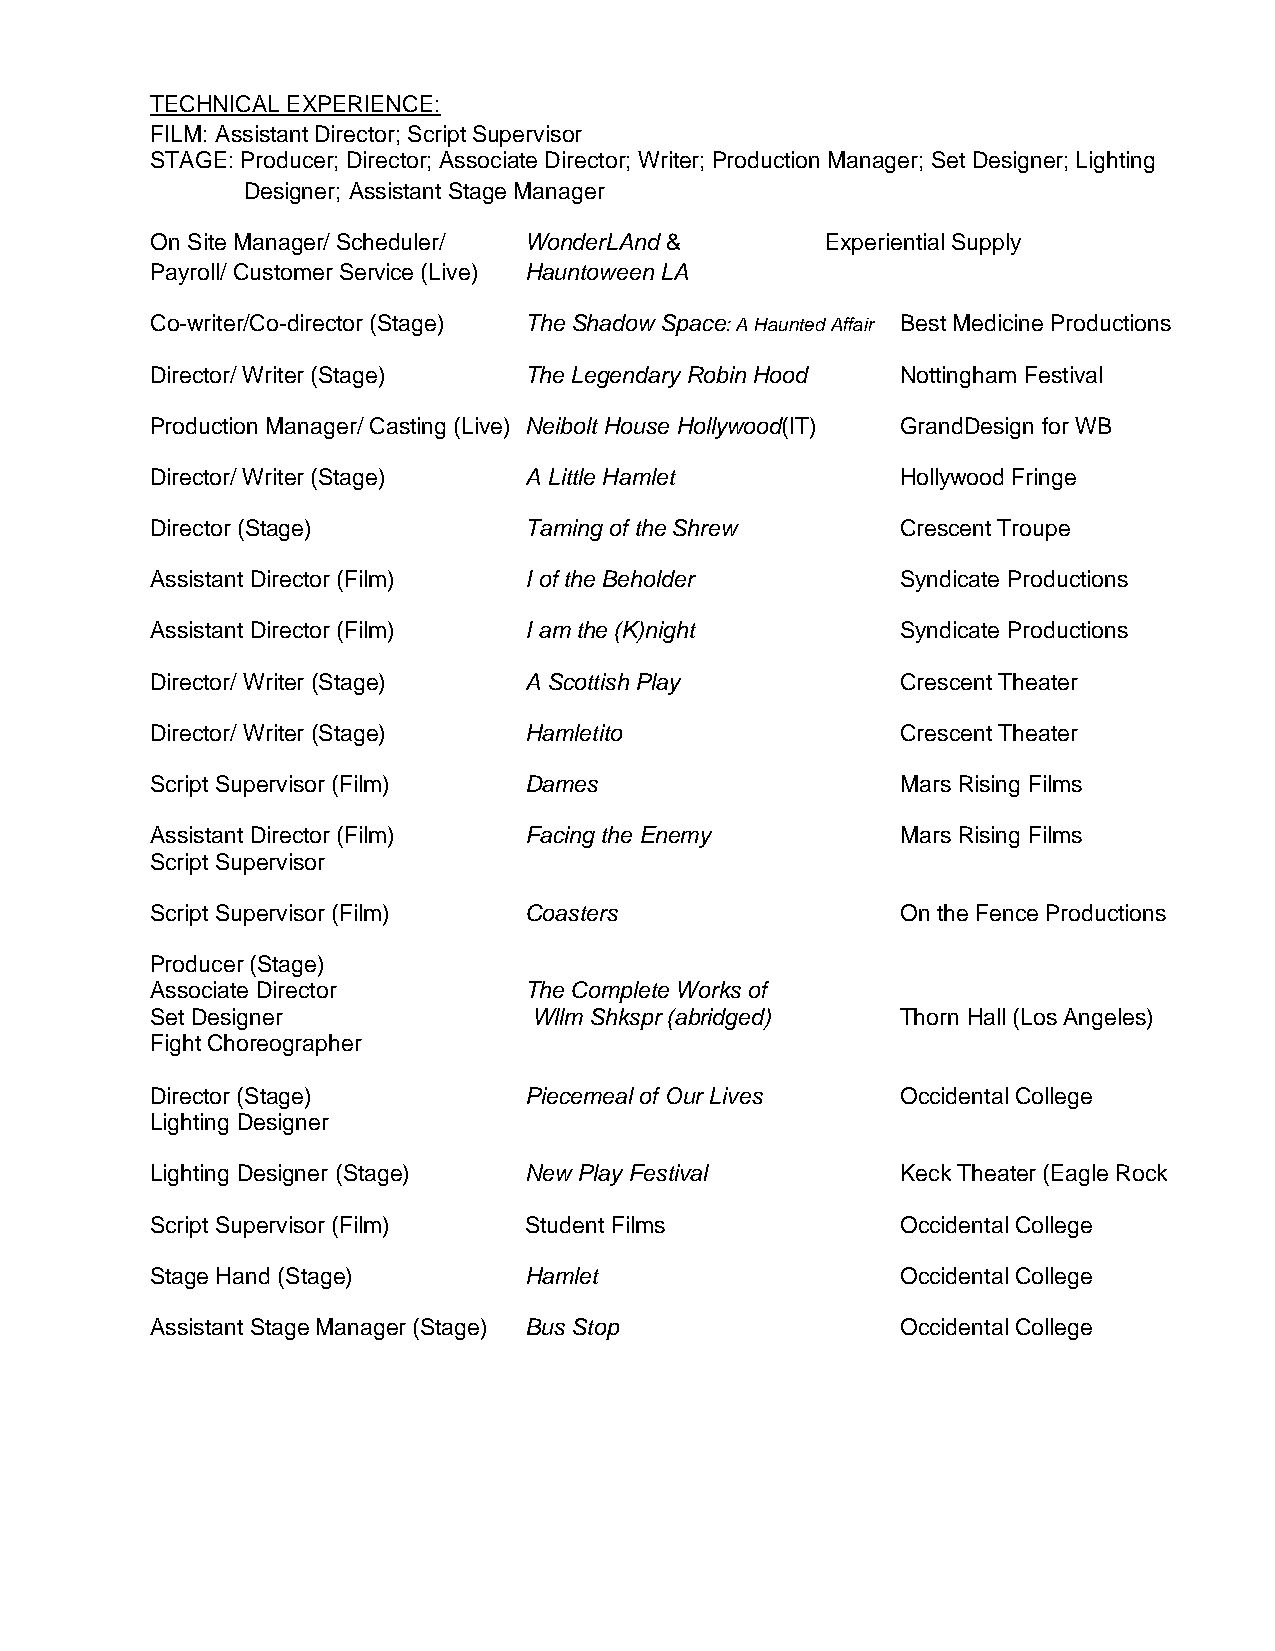
TECHNICAL EXPERIENCE:
 FILM: Assistant Director; Script Supervisor
 STAGE: Producer; Director; Associate Director; Writer; Production Manager; Set Designer; Lighting
 Designer; Assistant Stage Manager
 On Site Manager/ Scheduler/ WonderLAnd &     Experiential Supply
 Payroll/ Customer Service (Live) Hauntoween LA
 Co-writer/Co-director (Stage) The Shadow Space: A Haunted Affair Best Medicine Productions
 Director/ Writer (Stage) The Legendary Robin Hood Nottingham Festival
 Production Manager/ Casting (Live) Neibolt House Hollywood(IT) GrandDesign for WB
 Director/ Writer (Stage) A Little Hamlet          Hollywood Fringe
 Director (Stage)         Taming of the Shrew      Crescent Troupe
 Assistant Director (Film) I of the Beholder       Syndicate Productions
 Assistant Director (Film) I am the (K)night       Syndicate Productions
 Director/ Writer (Stage) A Scottish Play          Crescent Theater
 Director/ Writer (Stage) Hamletito                Crescent Theater
 Script Supervisor (Film) Dames                    Mars Rising Films
 Assistant Director (Film) Facing the Enemy        Mars Rising Films
 Script Supervisor
 Script Supervisor (Film) Coasters                 On the Fence Productions
 Producer (Stage)
 Associate Director       The Complete Works of
 Set Designer             Wllm Shkspr (abridged)   Thorn Hall (Los Angeles)
 Fight Choreographer
 Director (Stage)         Piecemeal of Our Lives   Occidental College
 Lighting Designer
 Lighting Designer (Stage) New Play Festival       Keck Theater (Eagle Rock
 Script Supervisor (Film) Student Films            Occidental College
 Stage Hand (Stage)       Hamlet                   Occidental College
 Assistant Stage Manager (Stage) Bus Stop          Occidental College